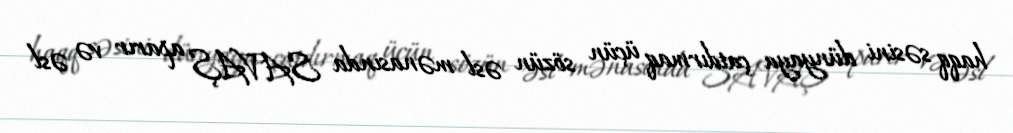
haqq səsini dünyaya çatdırmaq üçün sözün əsl mənasında SAVAŞ aparır və əsl